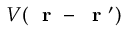
V ( \mathrm { ~ \bf ~ r ~ } - \mathrm { ~ \bf ~ r ~ } ^ { \prime } )